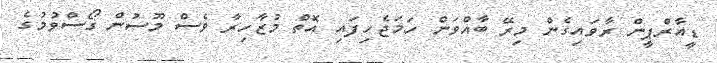
ޑީއާރްޕީން ރާވައިގެން މިރޭ ބާއްވަން ހަމަޖެހިފައި އޮތް މުޒާހިރާ ވެސް މޫސުން ގޯސްވުމުގެ